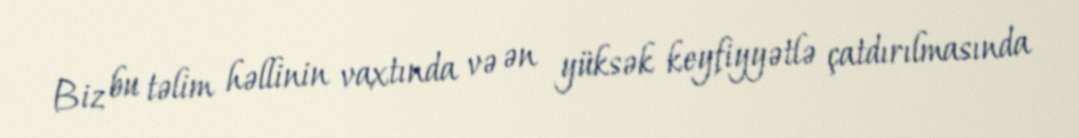
Biz bu təlim həllinin vaxtında və ən yüksək keyfiyyətlə çatdırılmasında